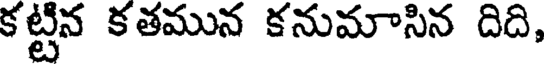
కట్టిన కతమున కనుమాసిన దిది,